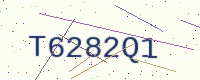
Text: T6282Q1